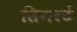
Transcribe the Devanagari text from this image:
सिगरटें